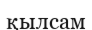
қылсам